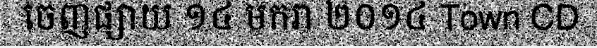
ចេញផ្សាយ ១៤ មករា ២០១៤ Town CD